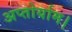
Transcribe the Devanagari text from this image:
अप्तोर्याम।